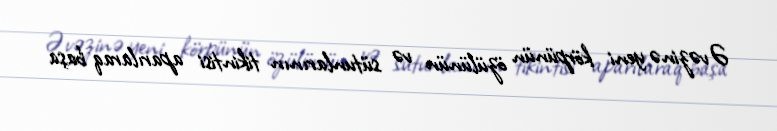
Əvəzinə yeni körpünün özülünün və sütunlarının tikintisi aparılaraq başa